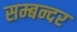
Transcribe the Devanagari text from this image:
सम्बन्दर